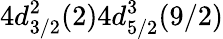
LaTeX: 4d_{3/2}^{2}(2)4d_{5/2}^{3}(9/2)